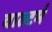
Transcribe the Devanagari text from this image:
वाल्टर्म